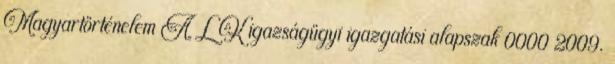
Magyartörténelem A L K igazságügyi igazgatási alapszak 0000 2009.